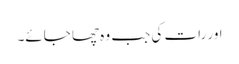
اور رات کی جب وہ چھا جائے۔